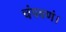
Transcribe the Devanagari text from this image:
चंपवणं।